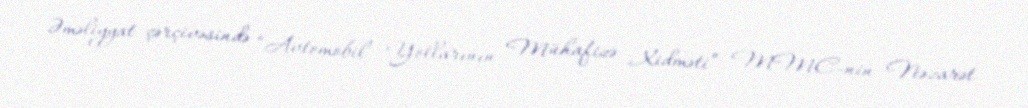
Əməliyyat çərçivəsində “Avtomobil Yollarının Mühafizə Xidməti” MMC-nin Nəzarət